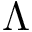
\Lambda